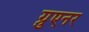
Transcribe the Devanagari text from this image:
ग्रुएनर